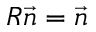
R \vec { n } = \vec { n }